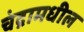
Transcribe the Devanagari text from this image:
चंद्रामधील